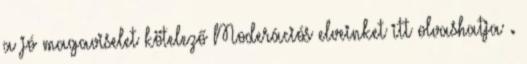
a jó magaviselet kötelező Moderációs elveinket itt olvashatja .